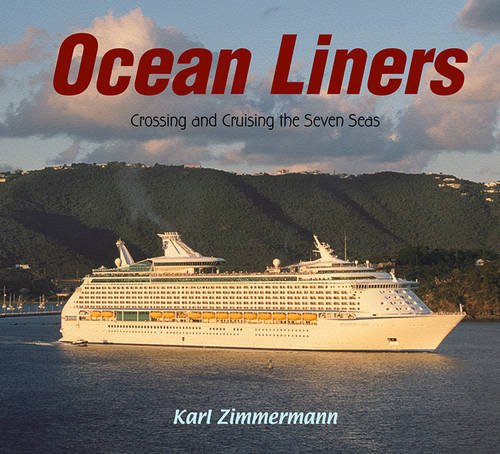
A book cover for Ocean Liners: Crossing and Cruising the Seven Seas; Karl Zimmermann; Children's Books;